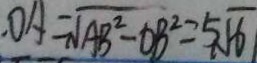
. O A = \sqrt { A B ^ { 2 } - O B ^ { 2 } } = 5 \sqrt { 6 }